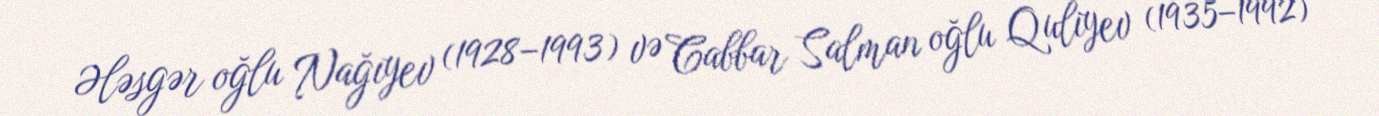
Ələsgər oğlu Nağıyev (1928–1993) və Cabbar Salman oğlu Quliyev (1935–1992)